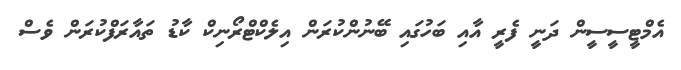
އެމްޓީސީސީން ދަނީ ފެރީ އާއި ބަހުގައި ބޭނުންކުރަން އިލެކްޓްރޯނިކް ކާޑު ތައާރަފްކުރަން ވެސް